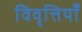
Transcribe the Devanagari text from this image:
विवृत्तियाँ